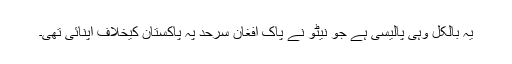
یہ بالکل وہی پالیسی ہے جو نیٹو نے پاک افغان سرحد پہ پاکستان کیخلاف اپنائی تھی۔